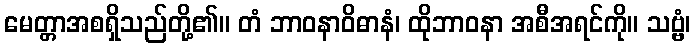
မေတ္တာအစရှိသည်တို့၏။ တံ ဘာဝနာဝိဓာနံ၊ ထိုဘာဝနာ အစီအရင်ကို။ သဗ္ဗံ၊